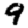
Digit: 9